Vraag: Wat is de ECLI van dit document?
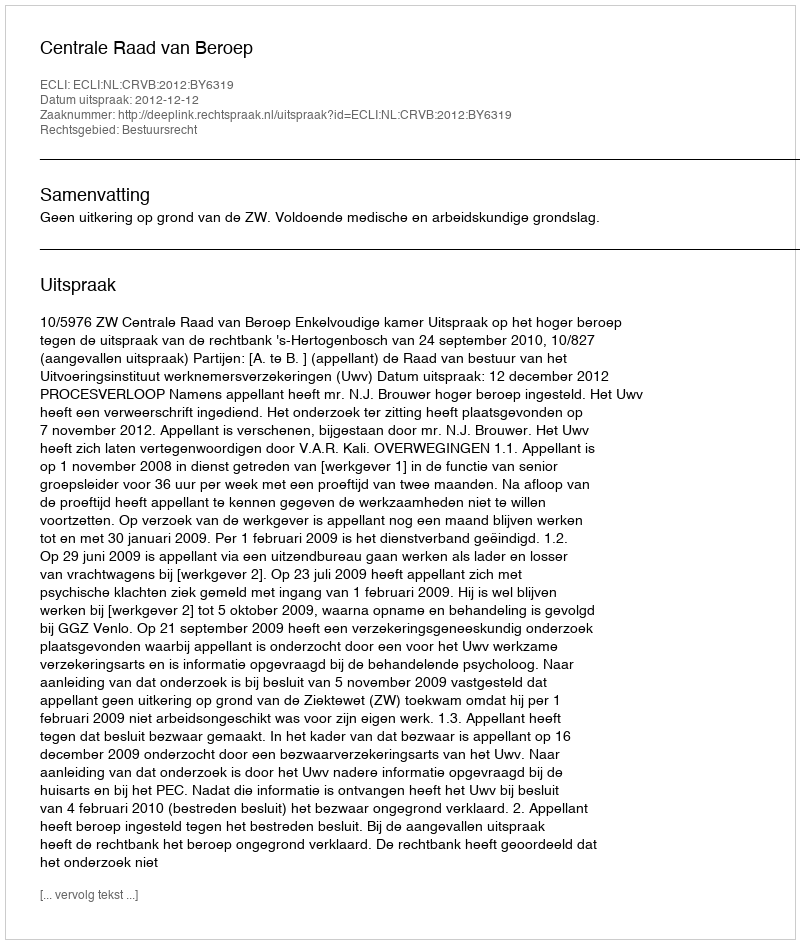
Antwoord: ECLI:NL:CRVB:2012:BY6319